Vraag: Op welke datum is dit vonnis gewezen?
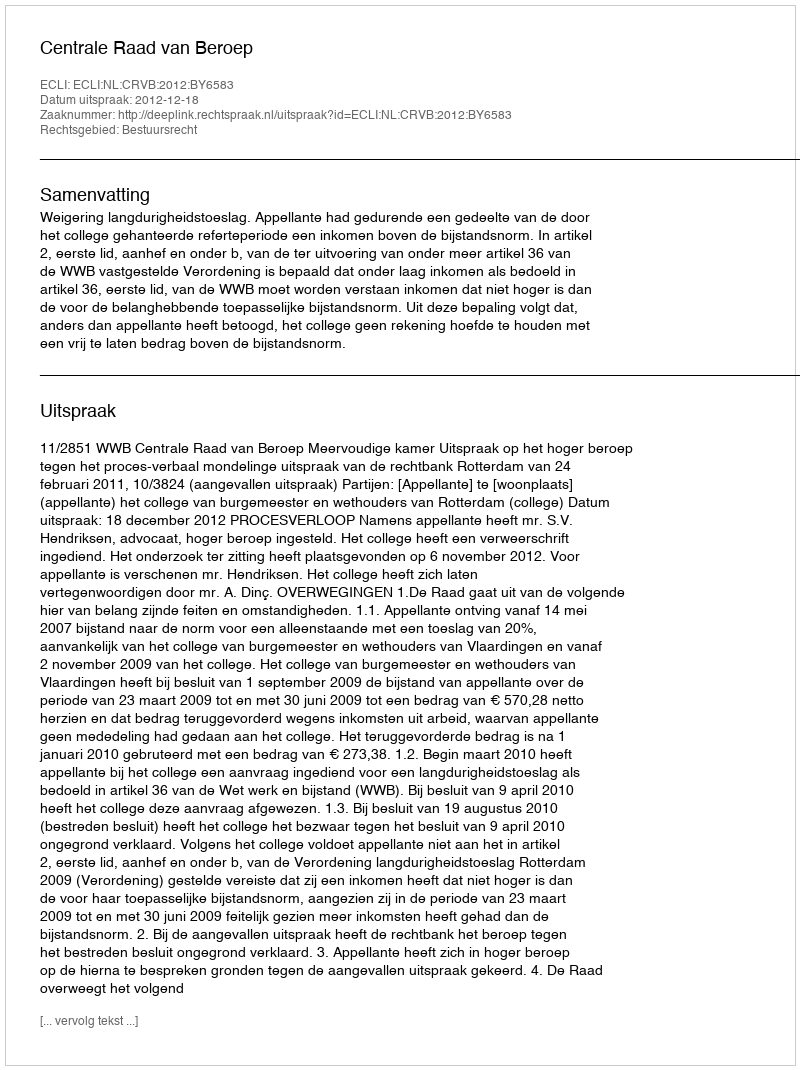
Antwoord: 2012-12-18